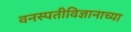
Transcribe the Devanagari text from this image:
वनस्पतीविज्ञानाच्या